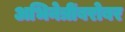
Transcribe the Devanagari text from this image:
अभिनेत्रींबरोबर